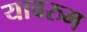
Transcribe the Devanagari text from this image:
यावरुम